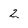
Character: 2